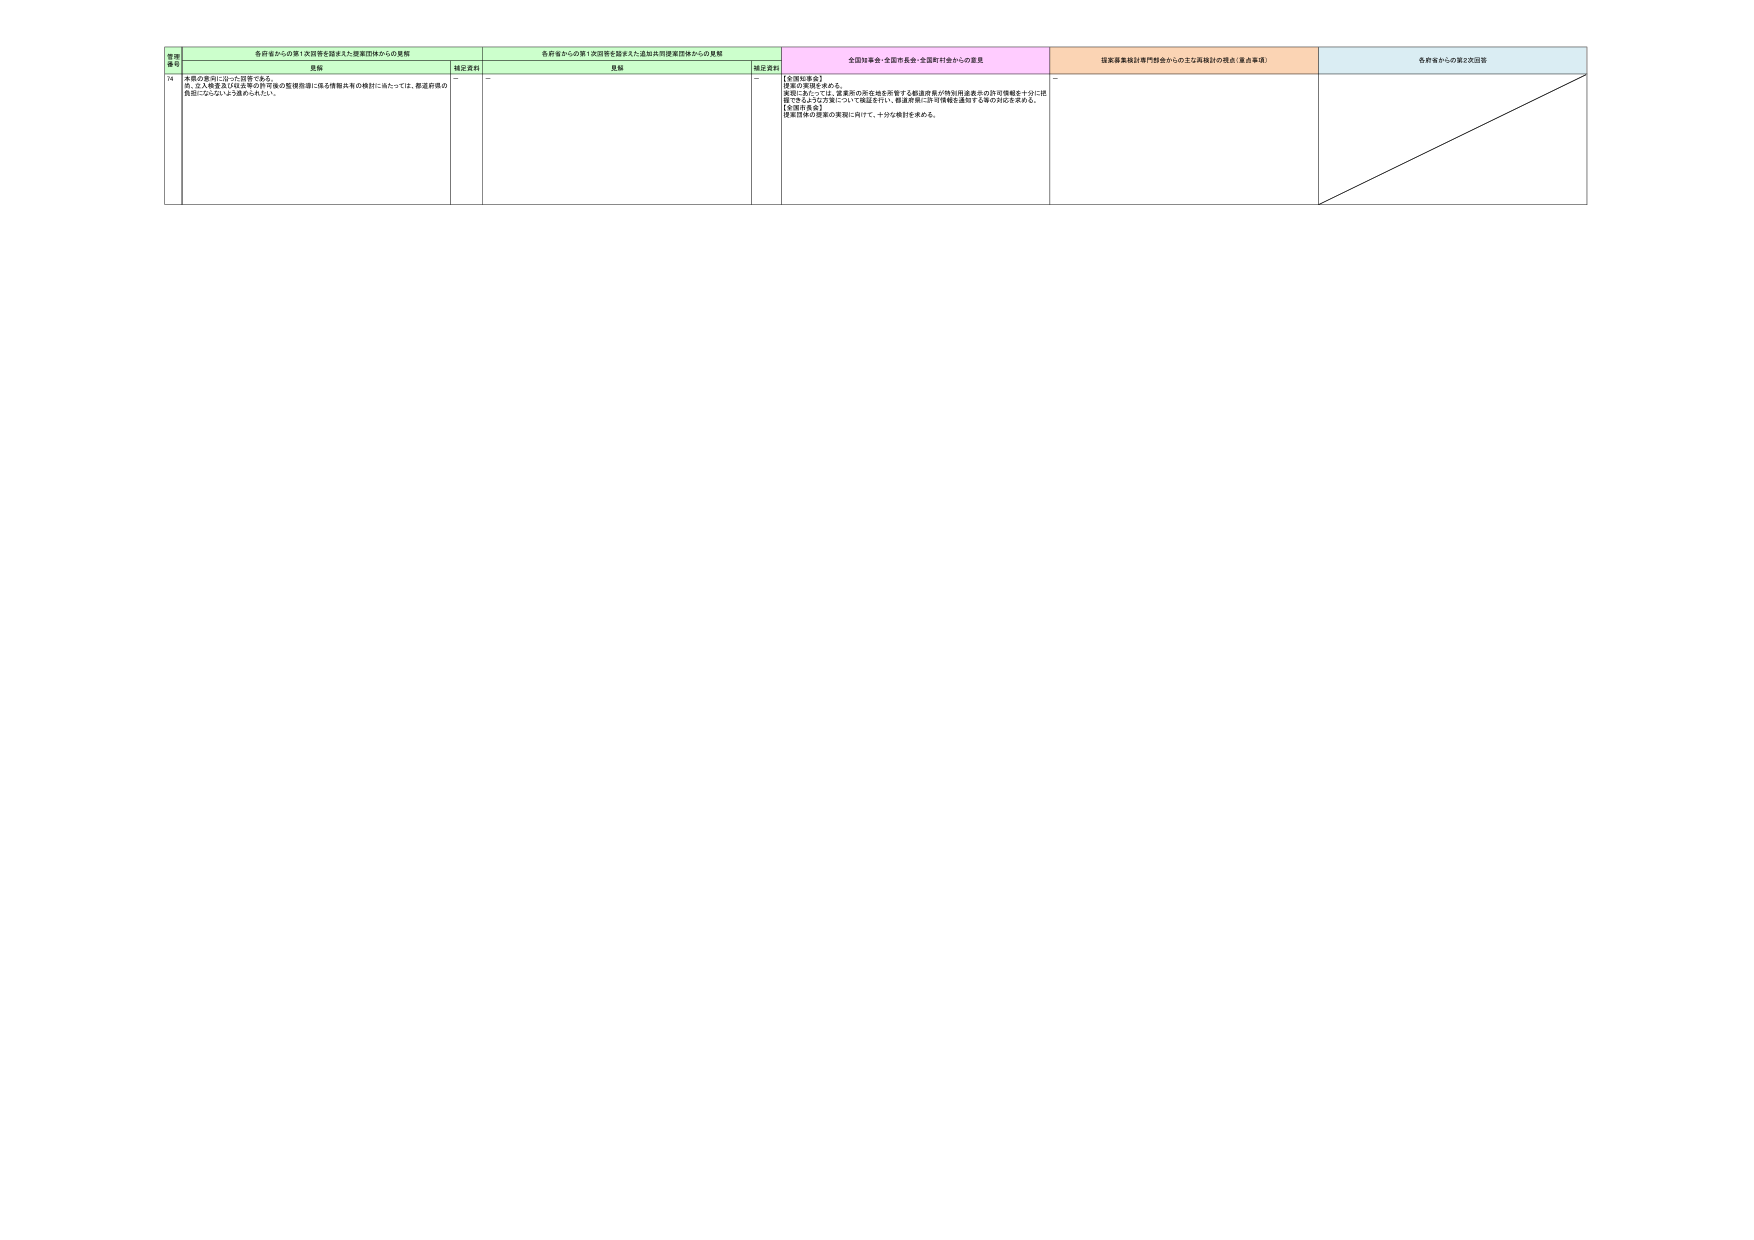
各府省からの第1次回答を踏まえた提案団体からの見解
見解
補正資料
各府省からの第1次回答を踏まえた追加共同提案団体からの見解
見解
補正資料
全国対事会・全国市長会・全国町村会からの意見
国家事業検討専門部会からの主な再検討の視点（重点事項）
各府省からの第2次回答

74
本稿の趣旨に沿った回答である。
尚、立入検査及び収去等の許可後の監視指導に係る情報共有の検討にあたっては、都道府県の
負担にならないよう進められたい。
－
－
－
【全国知事会】
提案の要請を求める。
現状にあっては、営業所の所在地を所管する都道府県が特別用途表示の許可情報を十分に把
握できるような方策について検証を行い、都道府県に許可情報を通知する等の対応を求める。
【全国市長会】
提案団体の要請の実現に向けて、十分な検討を求める。
－